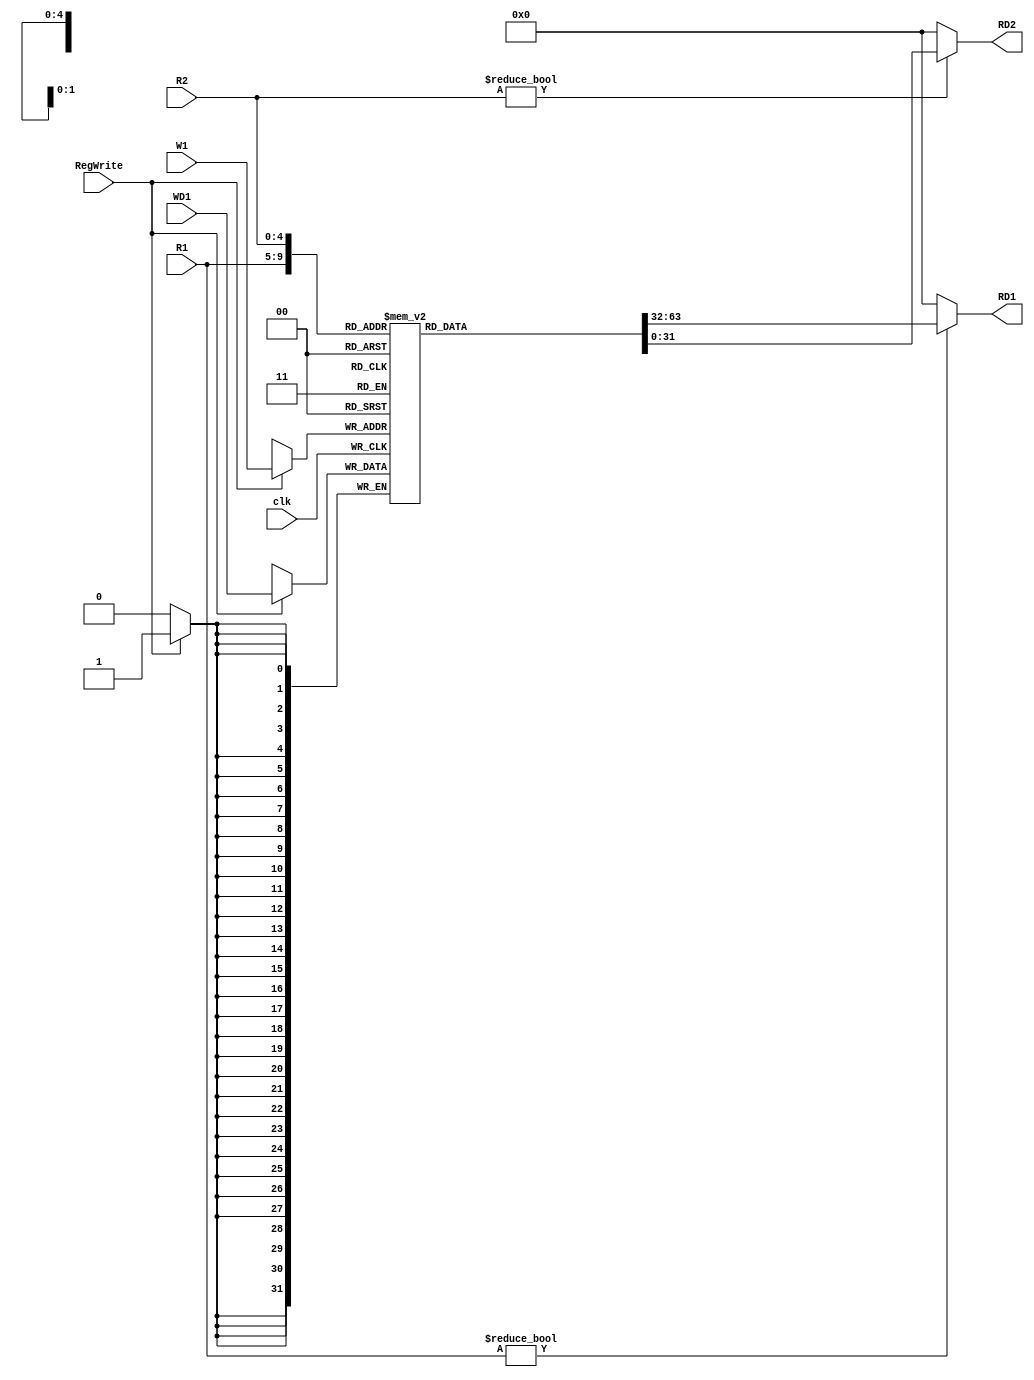
module Registerfile #(parameter Width = 32)(clk, RegWrite,R1, R2, W1, WD1, RD1, RD2);
input clk,RegWrite;
input [4:0]R1,R2,W1;
input [Width-1:0]WD1;
output [Width-1:0]RD1, RD2;
reg [Width-1:0] Register [Width-1:0];
initial
begin
Register[1] = 32'h00000001;
Register[2] = 32'h00000002;
Register[3] = 32'h00000003;
Register[4] = 32'h00000004;
Register[5] = 32'h00000005;
Register[6] = 32'h00000006;
Register[7] = 32'h00000007;
Register[8] = 32'h00000008;
Register[9] = 32'h00000009;
Register[10] = 32'h00000010;
end
always @(posedge clk)
begin
if(RegWrite)
Register[W1] <= WD1;
end
assign RD1 = (R1 != 0) ? Register[R1] : 0;
assign RD2 = (R2 != 0) ? Register[R2] : 0;
endmodule